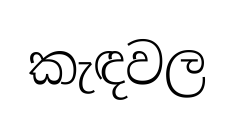
කැඳවල